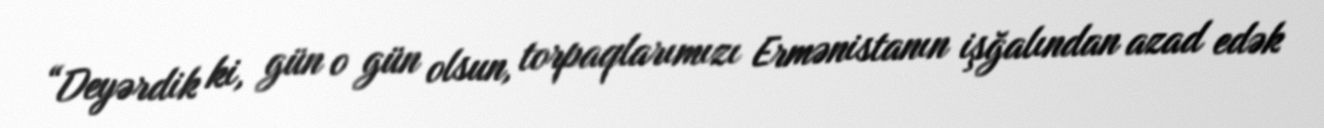
“Deyərdik ki, gün o gün olsun, torpaqlarımızı Ermənistanın işğalından azad edək